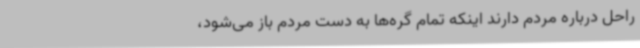
راحل درباره مردم دارند اینکه تمام گره‌ها به دست مردم باز می‌شود،